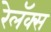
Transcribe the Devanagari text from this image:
रेलॅक्स